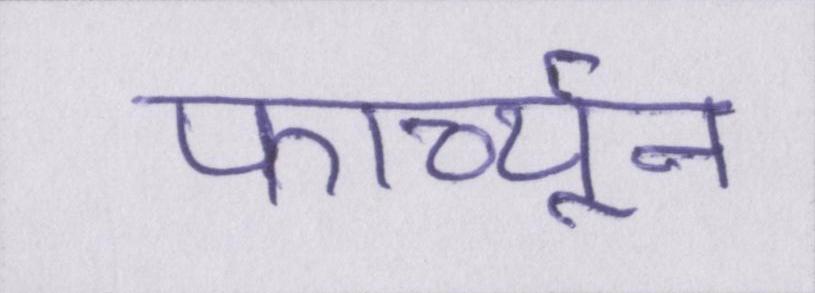
फार्च्यून